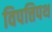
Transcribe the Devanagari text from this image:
विपत्तिपथ